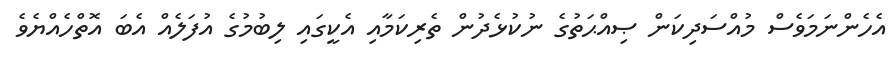
އެހެންނަމަވެސް މުއްސަދިކަން ޞިއްޙަތުގެ ނުކުޅެދުން ތެރިކަމާއި އެކީގައި ލިބުމުގެ އުފަލެއް އެބަ އޮތްހެއްޔެވެ